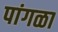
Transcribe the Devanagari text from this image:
पांगळा